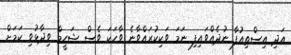
އަދި އިސްތިއުފާ ނުދެއްވައިފި ނަމަ ވަކިކުރައްވާނެ ވާހަކަ ވެސް ޝަހީމް ވިދާޅުވި ކަމަށް